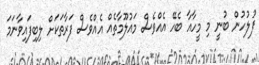
ފުލުހުން ބުނީ މި މީހާއާ ބެހޭ އެއްވެސް މައުލޫމާތެއް އެއްވެސް ފަރާތަކަށް ލިބިފައިވާނަމަ